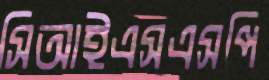
সিআইএসএসপি